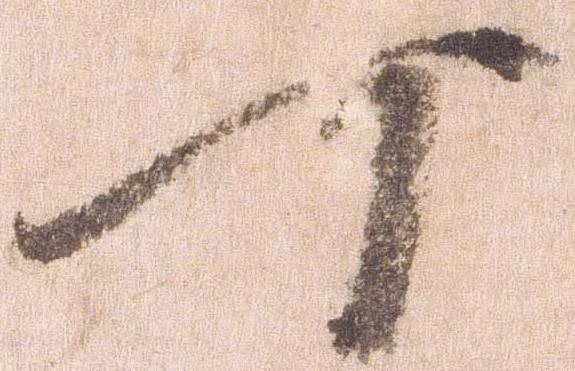
可